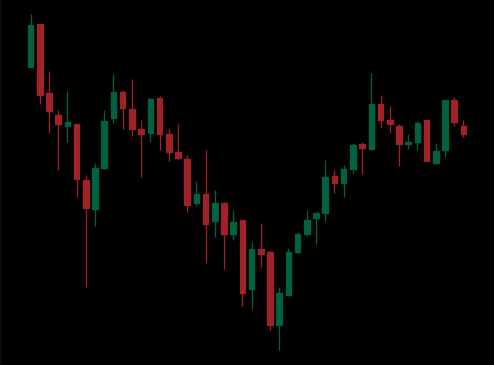
Pattern: inverse_head_shoulders